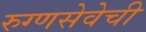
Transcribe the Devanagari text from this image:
रुग्णसेवेची